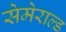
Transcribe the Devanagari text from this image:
सेमेराल्ड